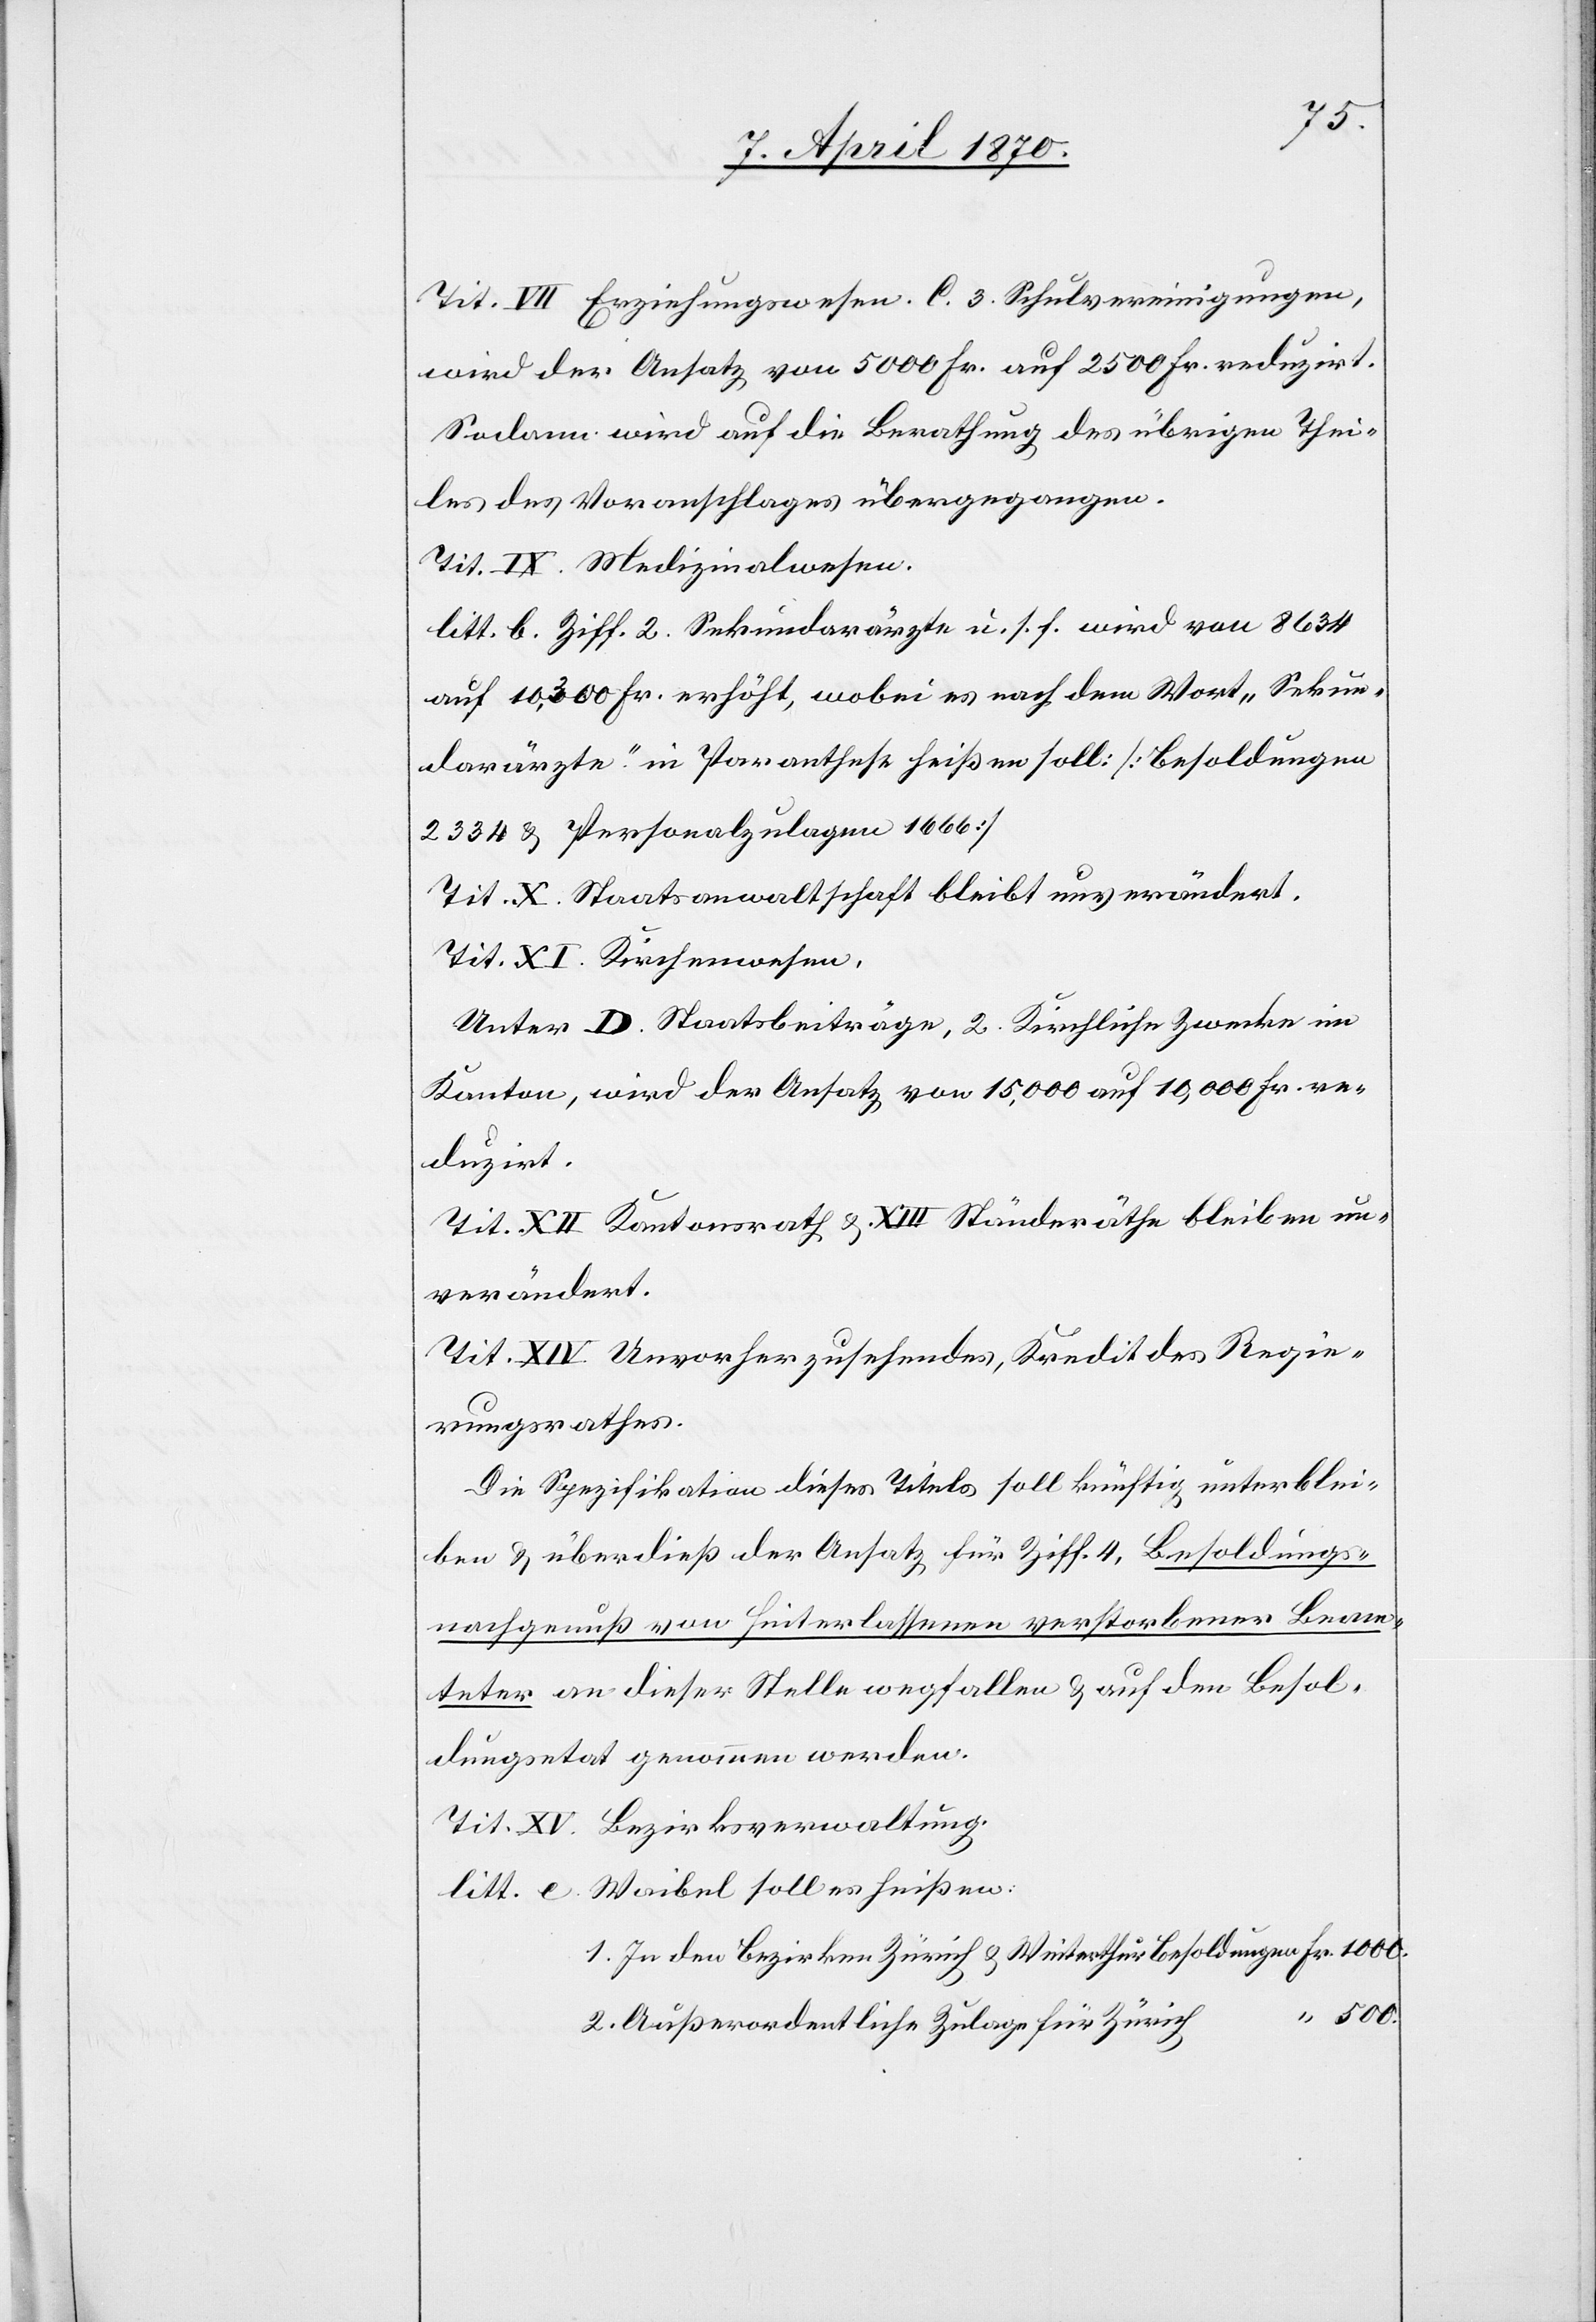
Tit. VII. Erziehungswesen. C. 3 Schulvereinigungen,
wird der Ansatz von 5000 Fr. auf 2500 Fr. reduzirt.
Sodann wird auf die Berathung des übrigen Thei¬
les des Voranschlages übergegangen.
Tit. IX. Medizinalwesen.
litt. b. Ziff. 2 Sekundarärzte u. s. f. wird von 8634
auf 10,300 Fr. erhöht, wobei es nach dem Wort „Sekun¬
darärzte“ in Paranthese heißen soll: [Besoldungen
2334 & Personalzulagen 1666]
Tit. X. Staatsanwaltschaft bleibt unverändert.
Tit. XI. Kirchenwesen.
Unter D. Staatsbeiträge, 2. Kirchliche Zwecke im
Kanton, wird der Ansatz von 15,000 auf 10,000 re¬
duzirt.
Tit. XII. Kantonsrath & XIII. Ständeräthe bleiben un¬
verändert.
Tit. XIV. Unvorhergesehenes, Kredit des Regie¬
rungsrathes.
Die Spezifikation dieses Titels soll künftig unterblei¬
ben & überdieß der Ansatz für Ziff. 4, Besoldungs¬
nachgenuß von Hinterlassenen verstorbenen Beam¬
teter an dieser Stelle wegfallen & auf den Besol¬
dungsetat genommen werden.
Tit. XV. Bezirksverwaltung.
litt. e. Waibel soll es heißen:
1. In den Bezirken Zürich & Winterthur Besoldungen Fr. 1000.
500.
2. Außerordentliche Zulage für Zürich